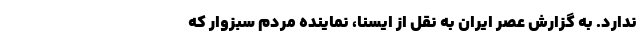
ندارد. به گزارش عصر ایران به نقل از ایسنا، نماینده مردم سبزوار که